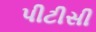
પીટીસી